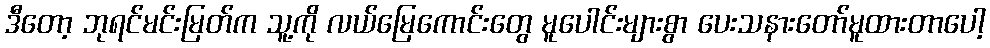
ဒီတော့ ဘုရင်မင်းမြတ်က သူ့ကို လယ်မြေကောင်းတွေ မူပေါင်းများစွာ ပေးသနားတော်မူထားတာပေါ့